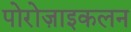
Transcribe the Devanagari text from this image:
पोरोज़ाइकलन